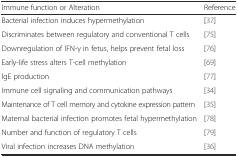
<table><thead><tr><td><b>Immune function or Alteration</b></td><td><b>Reference</b></td></tr></thead><tbody><tr><td>Bacterial infection induces hypermethylation</td><td>[37]</td></tr><tr><td>Discriminates between regulatory and conventional T cells</td><td>[75]</td></tr><tr><td>Downregulation of IFN-γ in fetus, helps prevent fetal loss</td><td>[76]</td></tr><tr><td>Early-life stress alters T-cell methylation</td><td>[69]</td></tr><tr><td>IgE production</td><td>[77]</td></tr><tr><td>Immune cell signaling and communication pathways</td><td>[34]</td></tr><tr><td>Maintenance of T cell memory and cytokine expression pattern</td><td>[35]</td></tr><tr><td>Maternal bacterial infection promotes fetal hypermethylation</td><td>[78]</td></tr><tr><td>Number and function of regulatory T cells</td><td>[79]</td></tr><tr><td>Viral infection increases DNA methylation</td><td>[36]</td></tr></tbody></table>